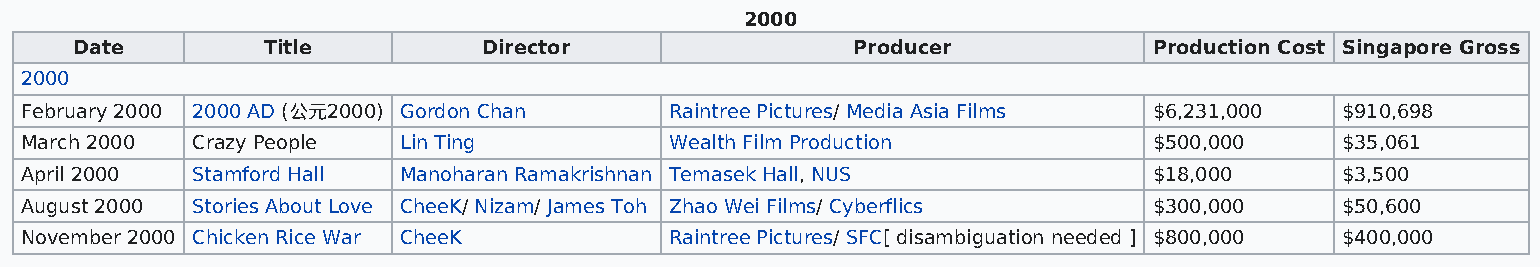
2000
 Date        Title          Director                Producer            Production Cost Singapore Gross
 2000
 February 2000 2000 AD (公元2000) Gordon Chan Raintree Pictures/ Media Asia Films $6,231,000 $910,698
 March 2000  Crazy People Lin Ting          Wealth Film Production          $500,000     $35,061
 April 2000  Stamford Hall Manoharan Ramakrishnan Temasek Hall, NUS         $18,000      $3,500
 August 2000 Stories About Love CheeK/ Nizam/ James Toh Zhao Wei Films/ Cyberflics $300,000 $50,600
 November 2000 Chicken Rice War CheeK       Raintree Pictures/ SFC[ disambiguation needed ] $800,000 $400,000